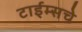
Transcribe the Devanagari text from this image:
टाईम्सचे